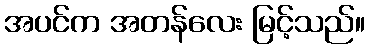
အပင်က အတန်လေး မြင့်သည်။